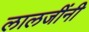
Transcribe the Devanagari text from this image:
लालजींनी